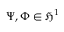
\Psi , \Phi \in \mathfrak { H } ^ { 1 }